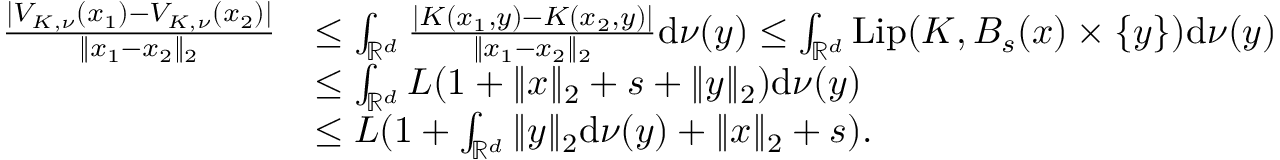
\begin{array} { r l } { \frac { | V _ { K , \nu } ( x _ { 1 } ) - V _ { K , \nu } ( x _ { 2 } ) | } { \| x _ { 1 } - x _ { 2 } \| _ { 2 } } } & { \le \int _ { \mathbb { R } ^ { d } } \frac { | K ( x _ { 1 } , y ) - K ( x _ { 2 } , y ) | } { \| x _ { 1 } - x _ { 2 } \| _ { 2 } } \mathrm { d } \nu ( y ) \le \int _ { \mathbb { R } ^ { d } } \mathrm { L i p } ( K , B _ { s } ( x ) \times \{ y \} ) \mathrm { d } \nu ( y ) } \\ & { \le \int _ { \mathbb { R } ^ { d } } L ( 1 + \| x \| _ { 2 } + s + \| y \| _ { 2 } ) \mathrm { d } \nu ( y ) } \\ & { \le L ( 1 + \int _ { \mathbb { R } ^ { d } } \| y \| _ { 2 } \mathrm { d } \nu ( y ) + \| x \| _ { 2 } + s ) . } \end{array}